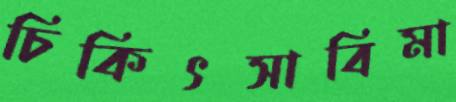
চিকিৎসাবিমা